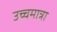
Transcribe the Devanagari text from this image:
उच्चमात्रा